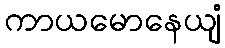
ကာယမောနေယျံ